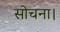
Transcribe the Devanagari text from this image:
सोचना।